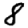
Digit: 8